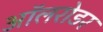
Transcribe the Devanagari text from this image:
ऑलरोडर